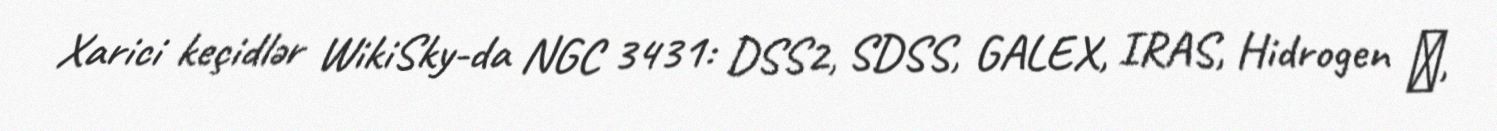
Xarici keçidlər WikiSky-da NGC 3431: DSS2, SDSS, GALEX, IRAS, Hidrogen α,